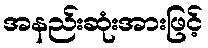
အနည်းဆုံးအားဖြင့်